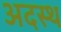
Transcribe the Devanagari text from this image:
अदस्थ